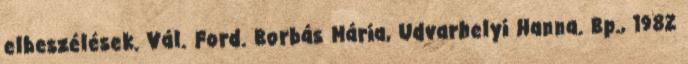
elbeszélések. Vál. Ford. Borbás Mária, Udvarhelyi Hanna. Bp., 1982